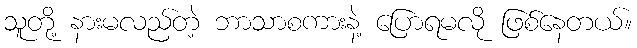
သူတို့ နားမလည်တဲ့ ဘာသာစကားနဲ့ ပြောရမလို ဖြစ်နေတယ်။